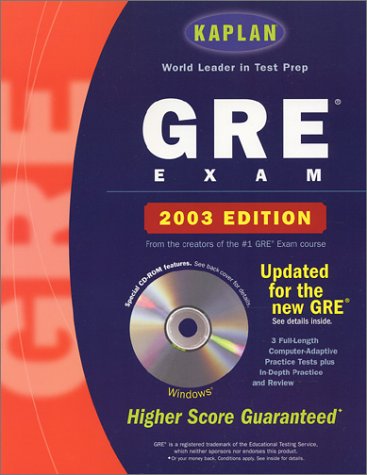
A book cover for Kaplan GRE Exam 2003 with CD-ROM (Kaplan GRE Premier Program (W/CD)); Kaplan; Test Preparation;